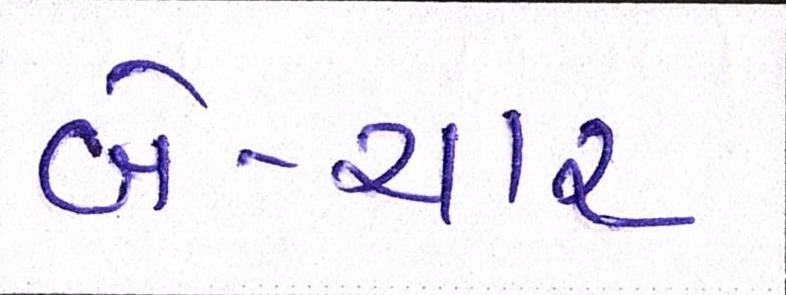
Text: બે-ચાર